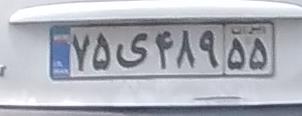
۷۵ی۴۸۹۵۵